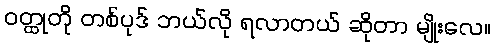
ဝတ္ထုတို တစ်ပုဒ် ဘယ်လို ရလာတယ် ဆိုတာ မျိုးလေ။